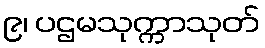
၉၊ ပဌမသုက္ကာသုတ်